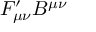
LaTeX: F _ { \mu \nu } ^ { \prime } B ^ { \mu \nu }